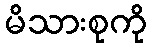
မိသားစုကို